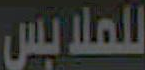
للملابس